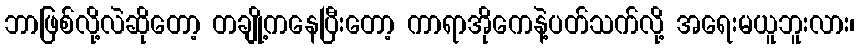
ဘာဖြစ်လို့လဲဆိုတော့ တချို့ကနေပြီးတော့ ကာရာအိုကေနဲ့ပတ်သက်လို့ အရေးမယူဘူးလား၊